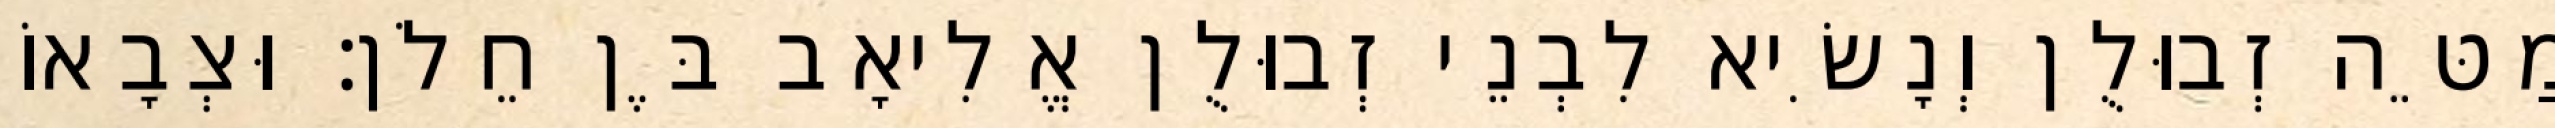
מַטֵּה זְבוּלֻן וְנָשִׂיא לִבְנֵי זְבוּלֻן אֱלִיאָב בֶּן חֵלֹן׃ וּצְבָאוֹ